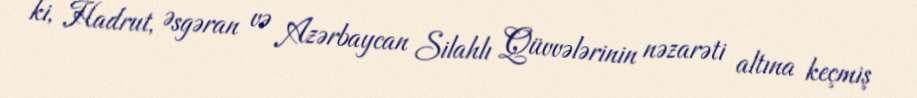
ki, Hadrut, Əsgəran və Azərbaycan Silahlı Qüvvələrinin nəzarəti altına keçmiş